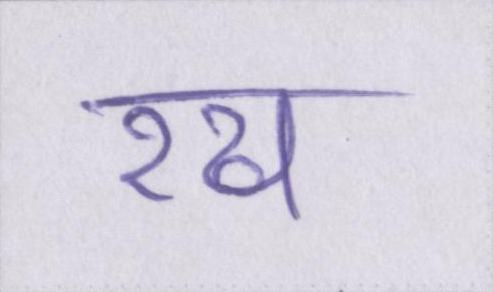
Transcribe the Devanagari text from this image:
रख